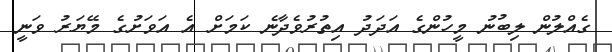
ގެއްލުން ލިބުނު މީހުންގެ އަދަދު އިތުރުވެދާނެ ކަމަށް އެ އަވަށުގެ މޭޔަރު ވަނީ